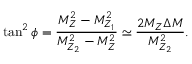
\tan ^ { 2 } \phi = \frac { M _ { Z } ^ { 2 } - M _ { Z _ { 1 } } ^ { 2 } } { M _ { Z _ { 2 } } ^ { 2 } - M _ { Z } ^ { 2 } } \simeq \frac { 2 M _ { Z } \Delta M } { M _ { Z _ { 2 } } ^ { 2 } } .